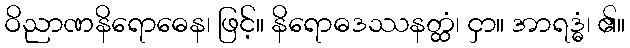
ဝိညာဏနိရောဓေန၊ ဖြင့်။ နိရောဓဒဿနတ္ထံ၊ ငှာ။ အာရဒ္ဓံ၊ ၏။